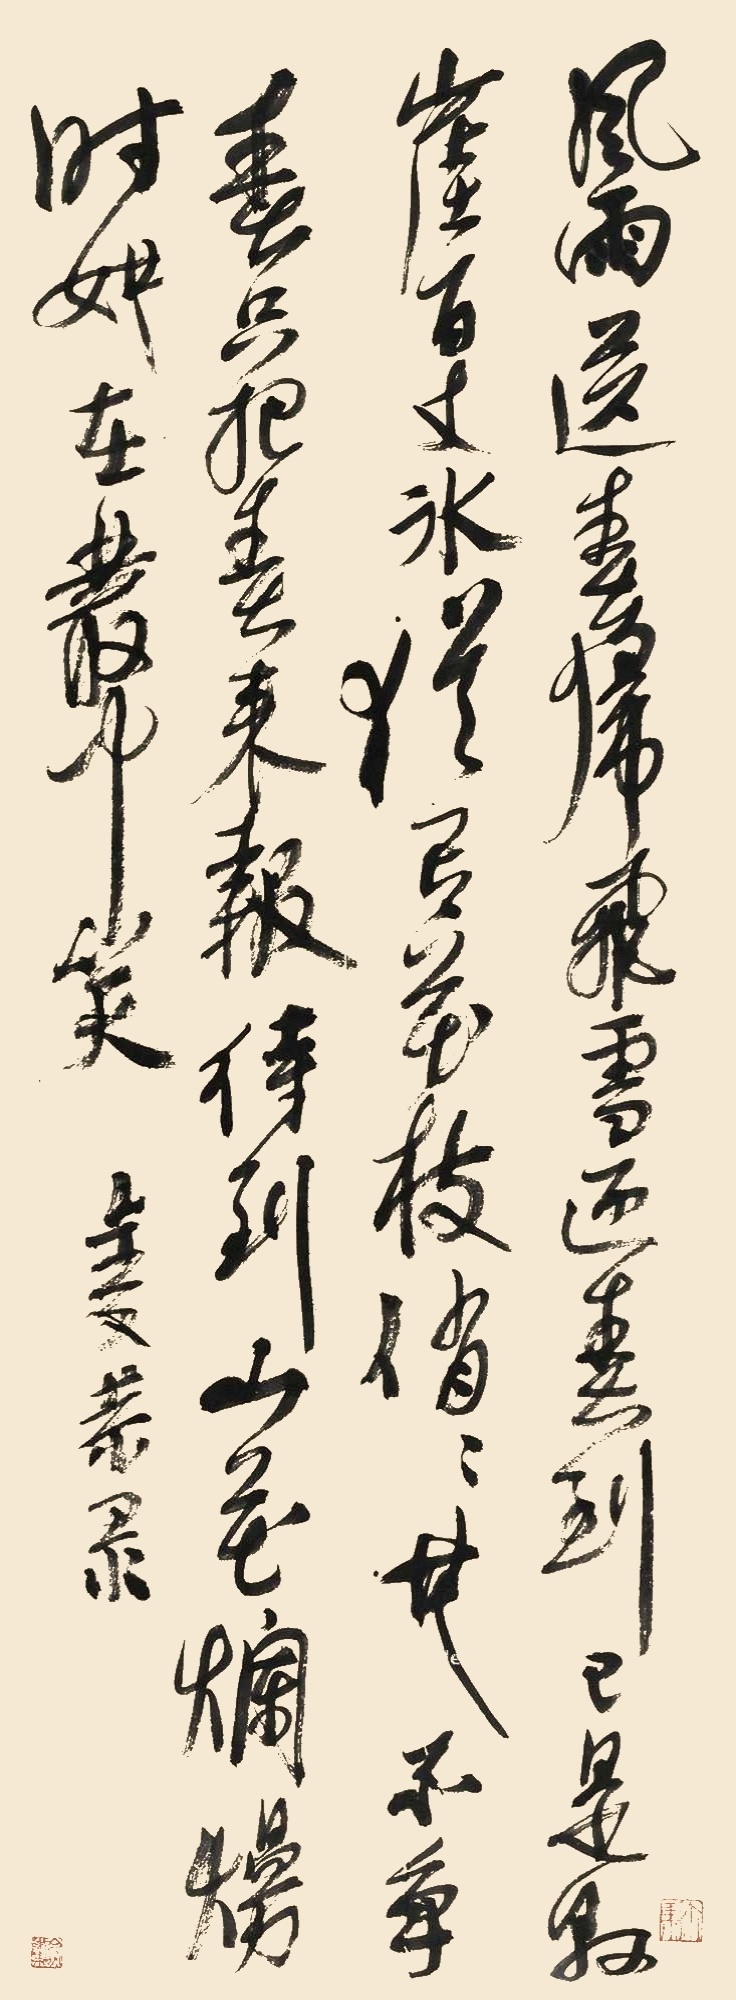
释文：风雨送春归，飞雪迎春到。已是悬崖百丈冰，犹有花枝俏。俏也不争春，只把春来报。待到山花烂漫时，她在丛中笑。叔子恭录。